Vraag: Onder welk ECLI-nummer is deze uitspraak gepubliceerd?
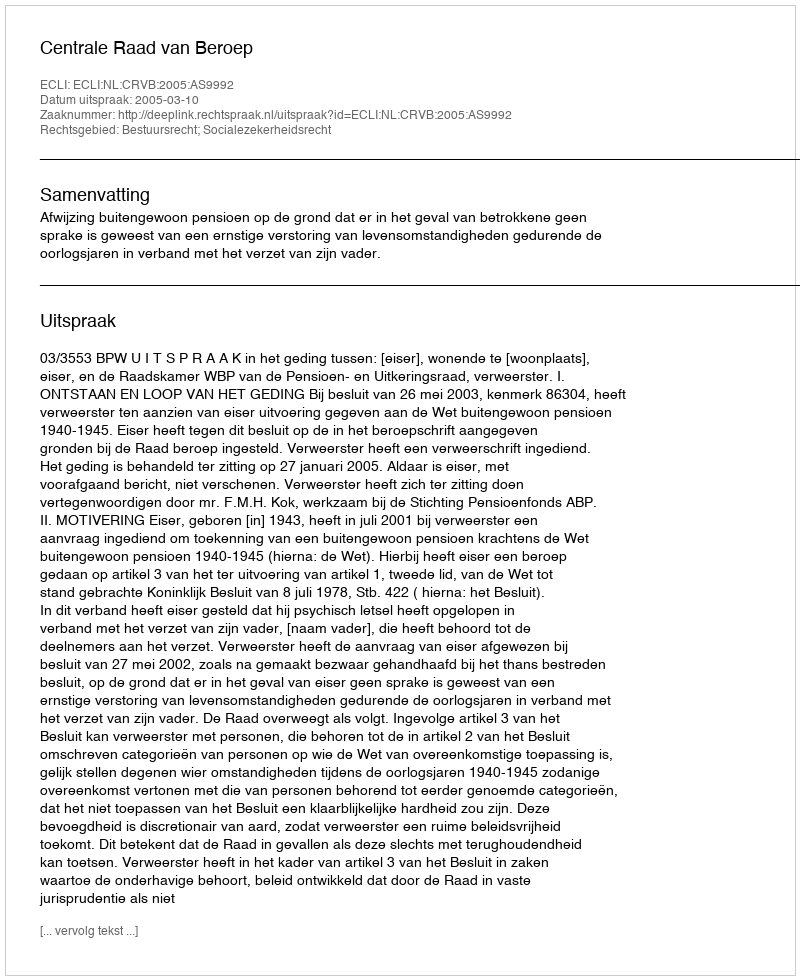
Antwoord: ECLI:NL:CRVB:2005:AS9992